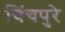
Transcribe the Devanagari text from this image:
चिंचपुरे